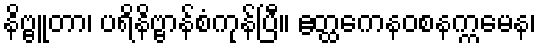
နိဗ္ဗူတာ၊ ပရိနိဗ္ဗာန်စံကုန်ပြီ။ ဧတ္ထကေနဝစနက္ကမေန၊